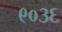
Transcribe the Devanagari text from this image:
९०३६